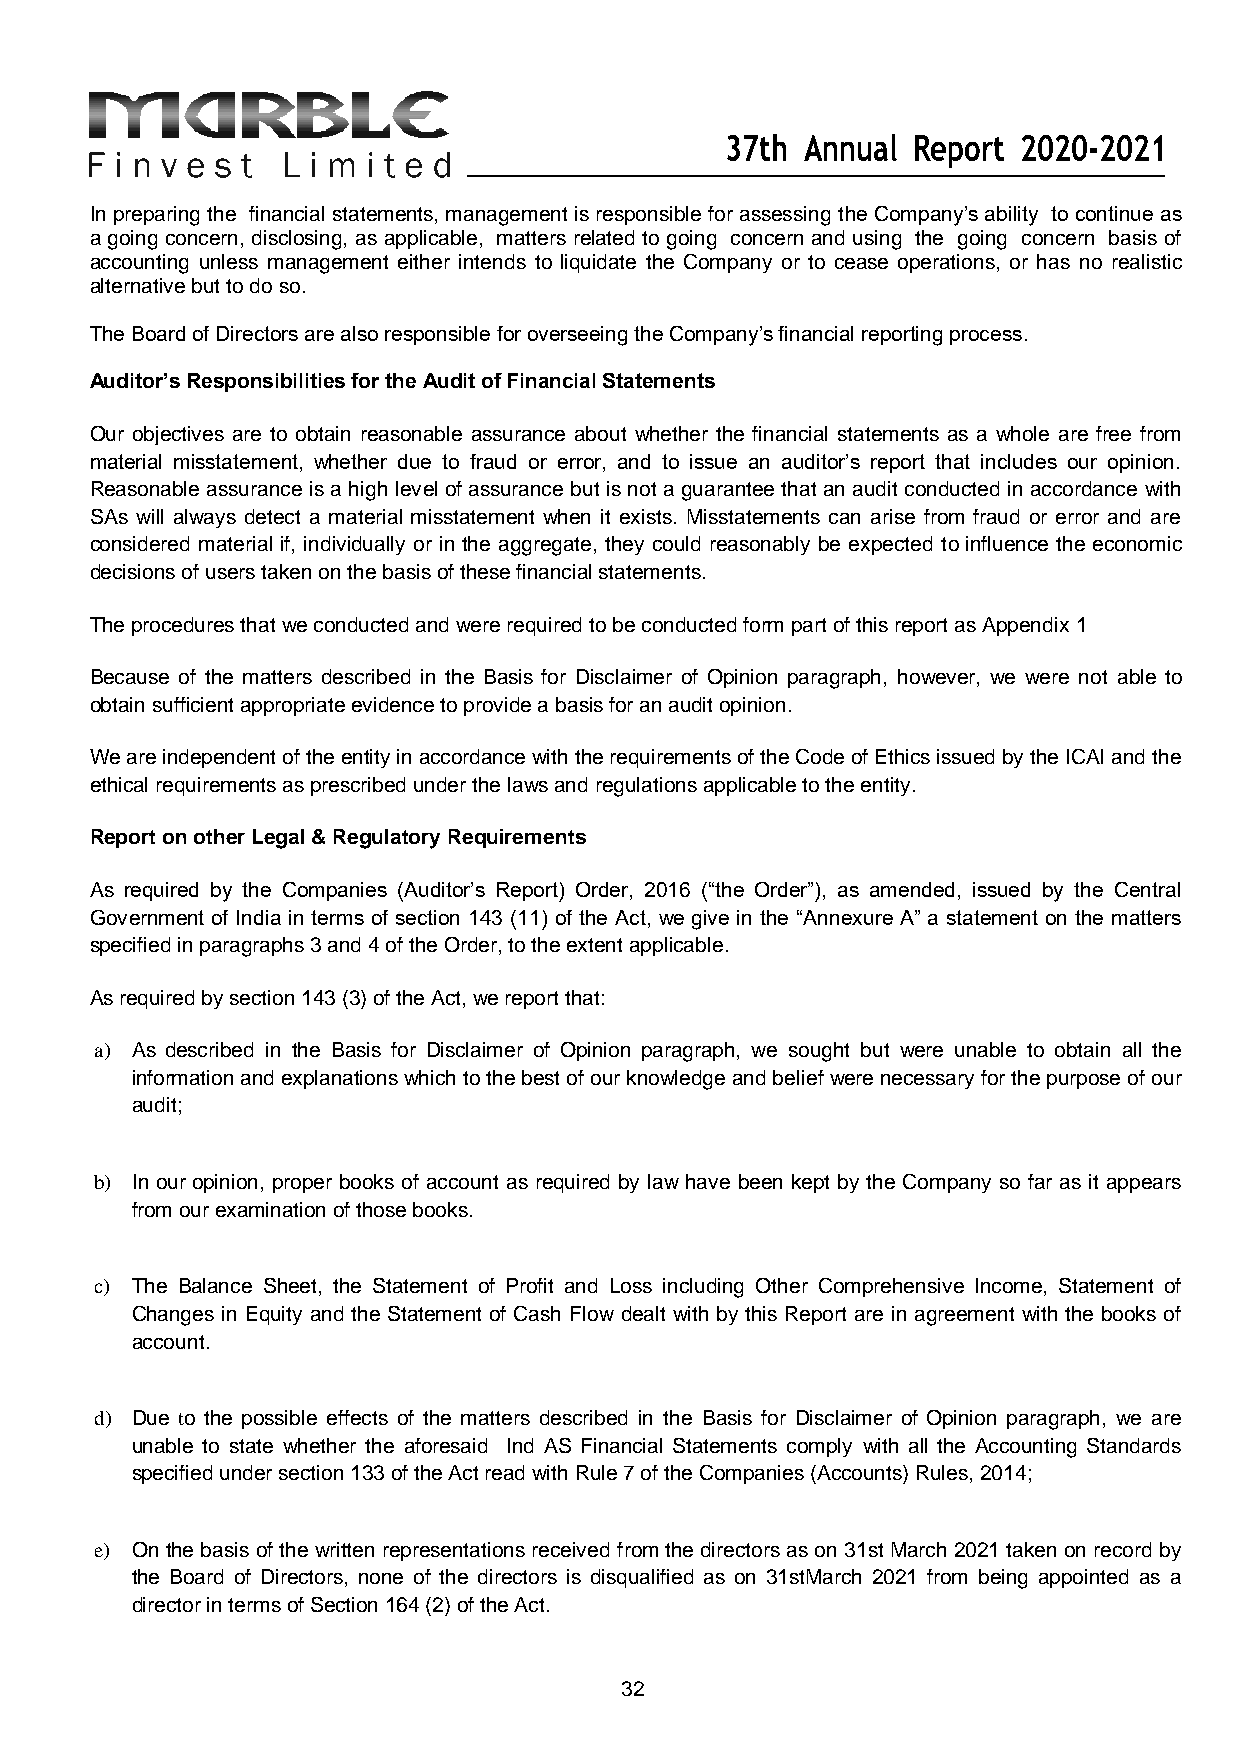
37th Annual Report 2020-2021
 In preparing the financial statements, management is responsible for assessing the Company’s ability to continue as
 a going concern, disclosing, as applicable, matters related to going concern and using the going concern basis of
 accounting unless management either intends to liquidate the Company or to cease operations, or has no realistic
 alternative but to do so.
 The Board of Directors are also responsible for overseeing the Company’s financial reporting process.
 Auditor’s Responsibilities for the Audit of Financial Statements
 Our objectives are to obtain reasonable assurance about whether the financial statements as a whole are free from
 material misstatement, whether due to fraud or error, and to issue an auditor’s report that includes our opinion.
 Reasonable assurance is a high level of assurance but is not a guarantee that an audit conducted in accordance with
 SAs will always detect a material misstatement when it exists. Misstatements can arise from fraud or error and are
 considered material if, individually or in the aggregate, they could reasonably be expected to influence the economic
 decisions of users taken on the basis of these financial statements.
 The procedures that we conducted and were required to be conducted form part of this report as Appendix 1
 Because of the matters described in the Basis for Disclaimer of Opinion paragraph, however, we were not able to
 obtain sufficient appropriate evidence to provide a basis for an audit opinion.
 We are independent of the entity in accordance with the requirements of the Code of Ethics issued by the ICAI and the
 ethical requirements as prescribed under the laws and regulations applicable to the entity.
 Report on other Legal & Regulatory Requirements
 As required by the Companies (Auditor’s Report) Order, 2016 (“the Order”), as amended, issued by the Central
 Government of India in terms of section 143 (11) of the Act, we give in the “Annexure A” a statement on the matters
 specified in paragraphs 3 and 4 of the Order, to the extent applicable.
 As required by section 143 (3) of the Act, we report that:
 a) As described in the Basis for Disclaimer of Opinion paragraph, we sought but were unable to obtain all the
 information and explanations which to the best of our knowledge and belief were necessary for the purpose of our
 audit;
 b) In our opinion, proper books of account as required by law have been kept by the Company so far as it appears
 from our examination of those books.
 c) The Balance Sheet, the Statement of Profit and Loss including Other Comprehensive Income, Statement of
 Changes in Equity and the Statement of Cash Flow dealt with by this Report are in agreement with the books of
 account.
 d) Due to the possible effects of the matters described in the Basis for Disclaimer of Opinion paragraph, we are
 unable to state whether the aforesaid Ind AS Financial Statements comply with all the Accounting Standards
 specified under section 133 of the Act read with Rule 7 of the Companies (Accounts) Rules, 2014;
 e) On the basis of the written representations received from the directors as on 31st March 2021 taken on record by
 the Board of Directors, none of the directors is disqualified as on 31stMarch 2021 from being appointed as a
 director in terms of Section 164 (2) of the Act.
 32